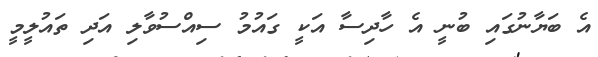
އެ ބަޔާނުގައި ބުނީ އެ ހާދިސާ އަކީ ގައުމު ސިއްސުވާލި އަދި ތައުލީމީ